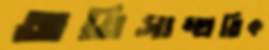
অতিসাম্প্রতিক